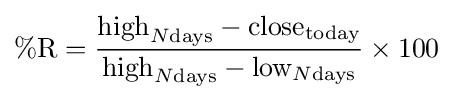
\%{\text{R}}={{\text{high}}_{N{\text{days}}}-{\text{close}}_{\text{today}} \over {\text{high}}_{N{\text{days}}}-{\text{low}}_{N{\text{days}}}}\times 100